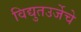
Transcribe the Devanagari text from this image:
विद्युतउर्जेचे